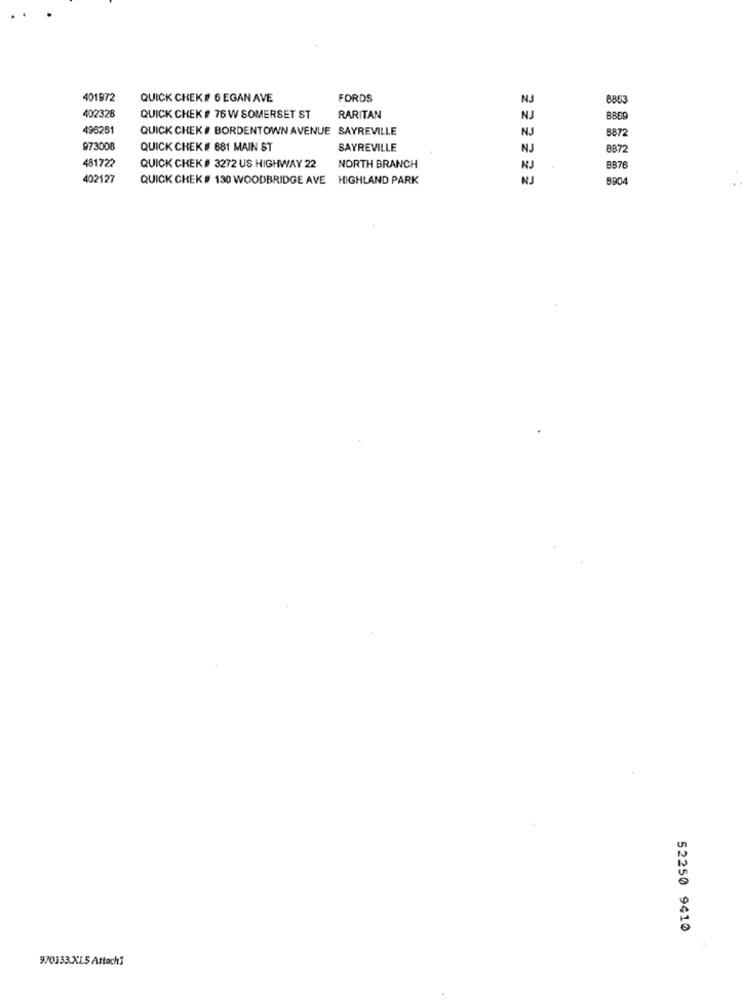
401972
QUICK CHEK # 6 EGAN AVE
FORDS
NJ
3863
402328
QUICK CHEK # 76 W SOMERSET ST
RARITAN
NJ
498251
QUICK CHEK # BORDENTOWN AVENUE SAYREVILLE
NJ
5872
973008
QUICK CHEK # 681 MAIN ST
SAYREVILLE
NJ
8872
481722
QUICK CHEK # 3272 US HIGHWAY 22
NORTH BRANCH
NJ
B876
402127
QUICK CHEK # 130 WOODBRIDGE AVE HIGHLAND PARK
NJ
8904
52250 9410
970333.XLS Attach1